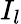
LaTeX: I_{l}